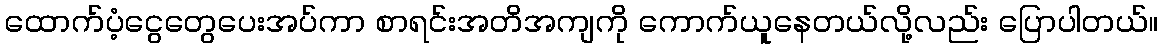
ထောက်ပံ့ငွေတွေပေးအပ်ကာ စာရင်းအတိအကျကို ကောက်ယူနေတယ်လို့လည်း ပြောပါတယ်။